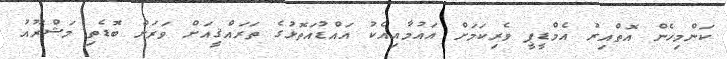
ކަންމިހެން އޮތްއިރު އެމްޑީޕީ ވެރިކަމަށް އައުމާއިއެކު އައްޑުއަތޮޅުގެ ތަރައްޤީއަށް ވަރަށް ބޮޑެތި މަޝްރޫއު